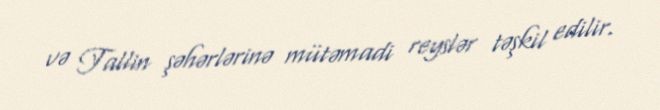
və Tallin şəhərlərinə mütəmadi reyslər təşkil edilir.